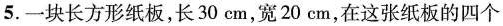
5.一块长方形纸板，长30cm，宽20cm，在这张纸板的四个